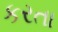
કરતા